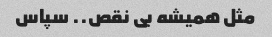
مثل همیشه بی نقص.. سپاس